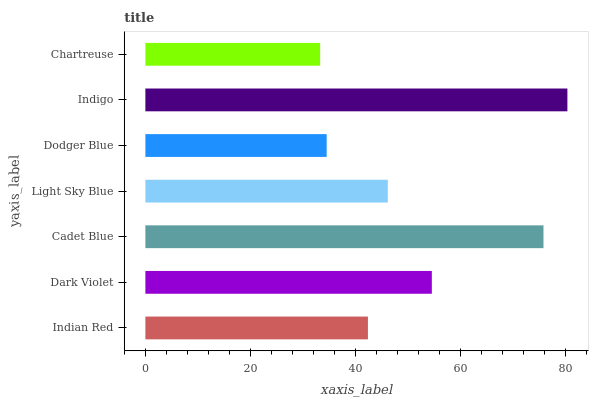
| yaxis_label | bars |
 | --- | --- |
 | Indian Red | 42.4 |
 | Dark Violet | 54.5 |
 | Cadet Blue | 75.8 |
 | Light Sky Blue | 46.1 |
 | Dodger Blue | 34.5 |
 | Indigo | 80.3 |
 | Chartreuse | 33.3 |